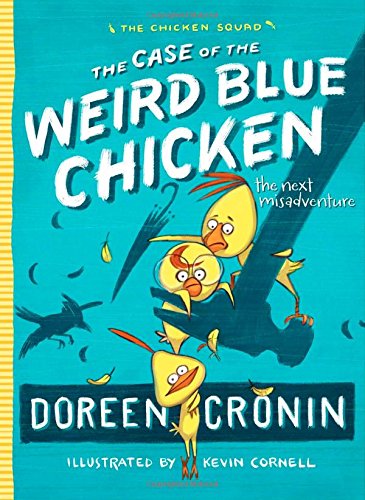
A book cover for The Case of the Weird Blue Chicken: The Next Misadventure (The Chicken Squad); Doreen Cronin; Children's Books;